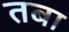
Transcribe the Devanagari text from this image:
तबा